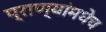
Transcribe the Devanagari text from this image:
प्राण्यांमधेच